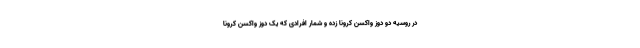
در روسیه دو دوز واکسن کرونا زده و شمار افرادی که یک دوز واکسن کرونا